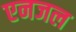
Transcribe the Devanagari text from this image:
एनजल